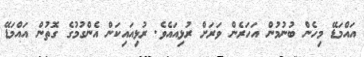
އައްމަޑޭ މިހެން ބުނުމުން އަހަރެން ވަރަށް ރުޅިއައެވެ. ރުޅިއައިކަން އެންގުމުގެ ގޮތުން އައްމަޑޭ